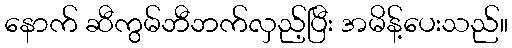
နောက် ဆီကွမ်ဘီဘက်လှည့်ပြီး အမိန့်ပေးသည်။